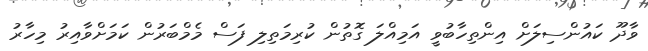
ވާދޫ ކައުންސިލަށް އިންތިހާބުވީ އަމިއްލަ ގޮތުން ކުރިމަތިލި ފަސް މެމްބަރުން ކަމަށްވާއިރު މިހާރު